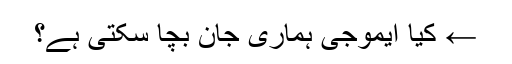
← کیا ایموجی ہماری جان بچا سکتی ہے؟